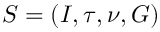
S = ( I , \tau , \nu , G )